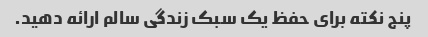
پنج نکته برای حفظ یک سبک زندگی سالم ارائه دهید.